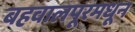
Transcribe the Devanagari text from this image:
बहवालपूरमधून